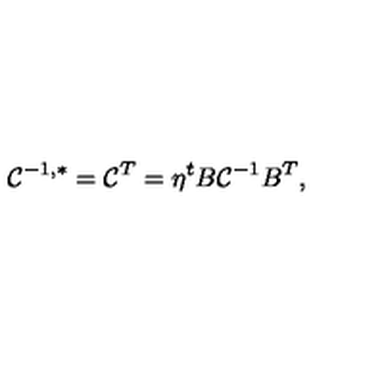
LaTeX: { \cal C } ^ { - 1 , * } = { \cal C } ^ { T } = \eta ^ { t } B { \cal C } ^ { - 1 } B ^ { T } ,